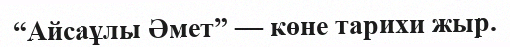
“Айсаұлы Әмет” — көне тарихи жыр.